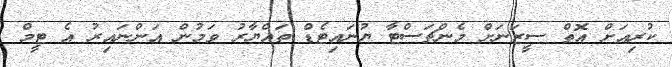
ކުރިއަށް އޮތް ސީޒަނަށް މެންޗަސްޓާ ޔުނައިޓެޑް ތައްޔާރު ވަމުން އަންނައިރު އެ ޓީމް